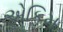
એકિમ